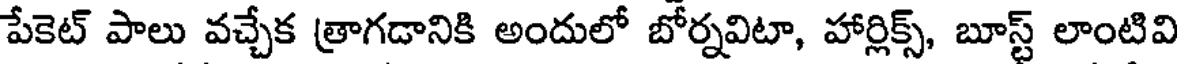
పేకెట్ పాలు వచ్చేక త్రాగడానికి అందులో బోర్నవిటా, హార్లిక్స్, బూస్ట్ లాంటివి